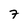
Character: 7